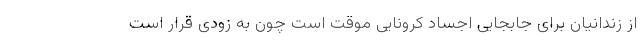
از زندانیان برای جابجایی اجساد کرونایی موقت است چون به زودی قرار است